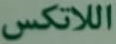
اللاتكس